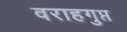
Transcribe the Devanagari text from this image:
वराहगुप्त